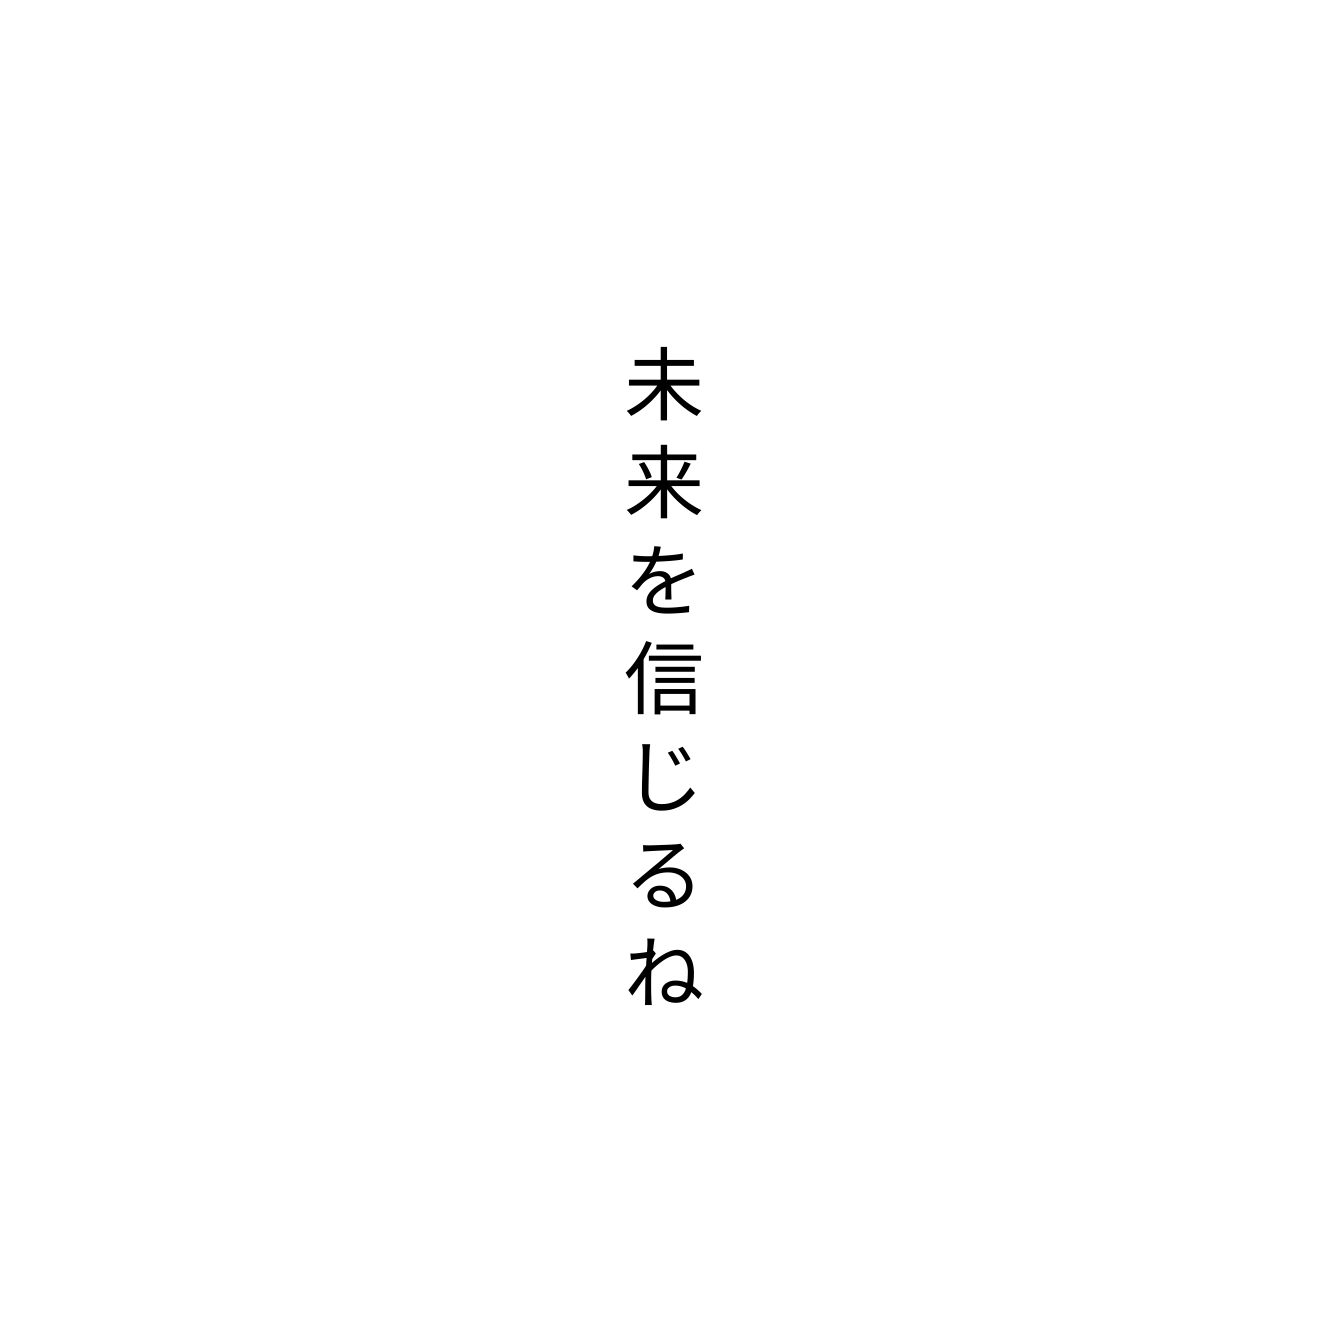
未来を信じるね